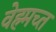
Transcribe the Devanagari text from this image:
वेह्र्मच्त